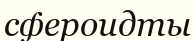
сфероидты